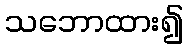
သဘောထား၍